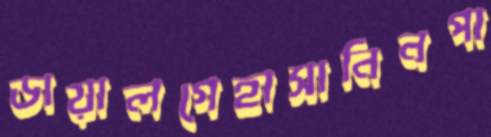
ডায়ালগেহাসানিনপা